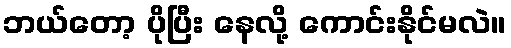
ဘယ်တော့ ပိုပြီး နေလို့ ကောင်းနိုင်မလဲ။